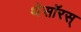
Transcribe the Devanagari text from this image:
थेसॉरस्